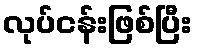
လုပ်ငန်းဖြစ်ပြီး